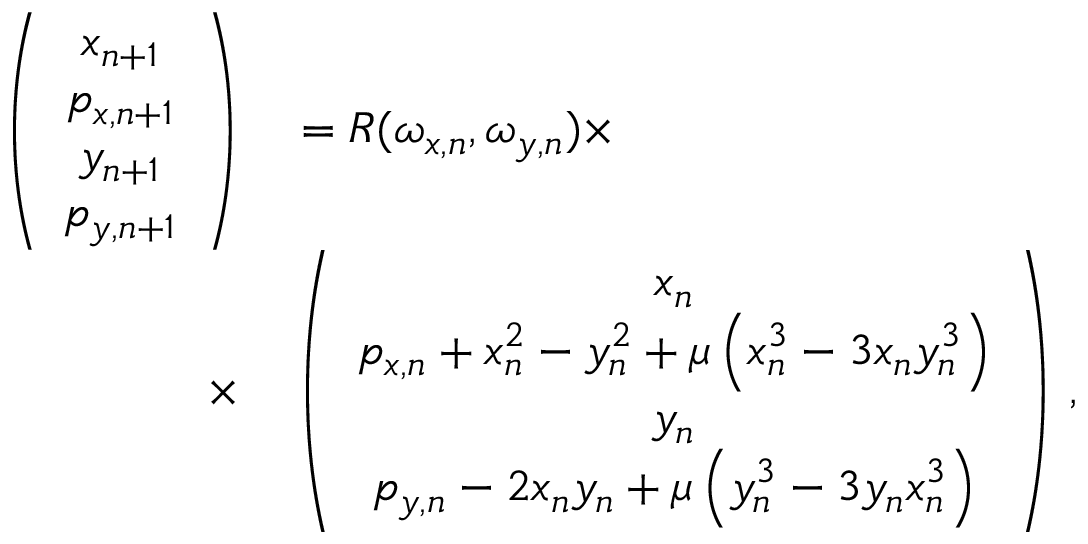
\begin{array} { r l } { \left( \begin{array} { c } { x _ { n + 1 } } \\ { p _ { x , n + 1 } } \\ { y _ { n + 1 } } \\ { p _ { y , n + 1 } } \end{array} \right) } & { { } = R ( \omega _ { x , n } , \omega _ { y , n } ) \times } \\ { \times } & { { } \left( \begin{array} { c } { x _ { n } } \\ { p _ { x , n } + x _ { n } ^ { 2 } - y _ { n } ^ { 2 } + \mu \left( x _ { n } ^ { 3 } - 3 x _ { n } y _ { n } ^ { 3 } \right) } \\ { y _ { n } } \\ { p _ { y , n } - 2 x _ { n } y _ { n } + \mu \left( y _ { n } ^ { 3 } - 3 y _ { n } x _ { n } ^ { 3 } \right) } \end{array} \right) \, , } \end{array}